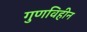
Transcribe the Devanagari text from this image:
गुणविहीन